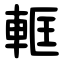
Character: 軭